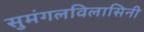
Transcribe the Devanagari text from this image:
सुमंगलविलासिनी